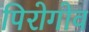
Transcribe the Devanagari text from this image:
पिरोगोव